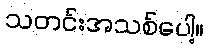
သတင်းအသစ်ပေါ့။